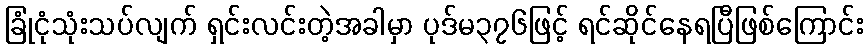
ခြုံငုံသုံးသပ်လျက် ရှင်းလင်းတဲ့အခါမှာ ပုဒ်မ၃၇၆ဖြင့် ရင်ဆိုင်နေရပြီဖြစ်ကြောင်း